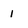
Character: 1